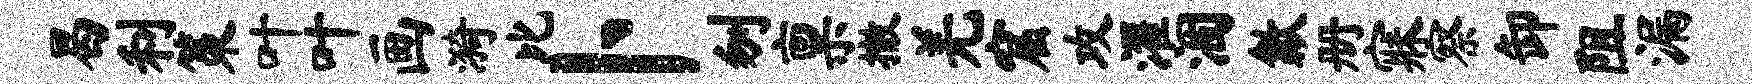
曷利策叶叶画漪比卜刎禀撤羌窟攻濯涸歙册寐察卸阻漏